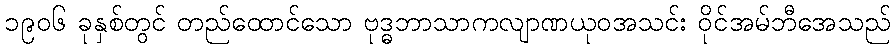
၁၉၀၆ ခုနှစ်တွင် တည်ထောင်သော ဗုဒ္ဓဘာသာကလျာဏယုဝအသင်း ဝိုင်အမ်ဘီအေသည်